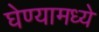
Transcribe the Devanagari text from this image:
घेण्यामध्ये